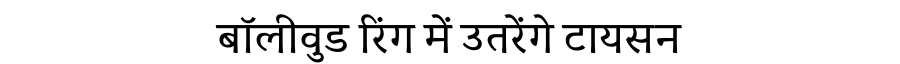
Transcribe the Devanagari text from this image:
बॉलीवुड रिंग में उतरेंगे टायसन